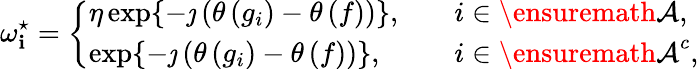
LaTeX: \omega_{\mathbf{i}}^{\star}=\left\{ \begin{array}{ll}{\eta\exp\{ -\jmath\left(\theta\left(g_{i}\right)-\theta\left(f\right)\right)\} ,\quad}&{i\in{\ensuremath{\mathcal{A}}},}\\ {\exp\{ -\jmath\left(\theta\left(g_{i}\right)-\theta\left(f\right)\right)\} ,\quad}&{i\in{\ensuremath{\mathcal{A}}}^{c},}\end{array}\right.